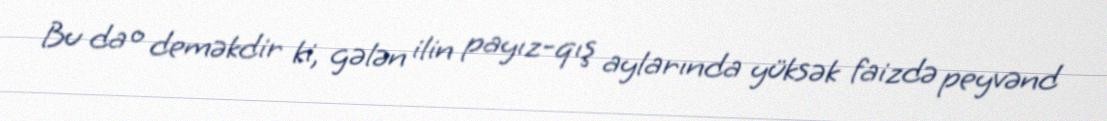
Bu da o deməkdir ki, gələn ilin payız-qış aylarında yüksək faizdə peyvənd